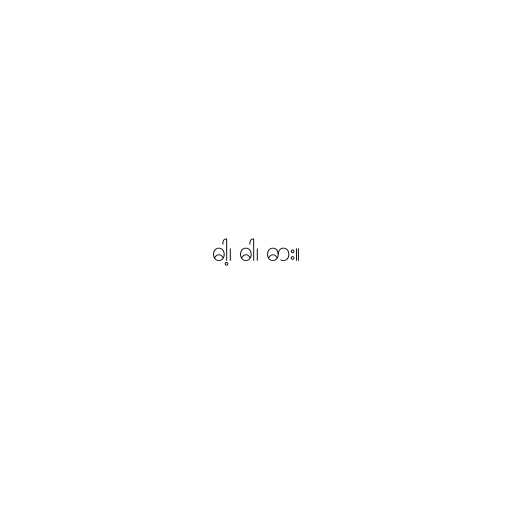
ဓါ့၊ ဓါ၊ ဓား။